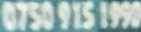
0750 915 1990